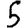
Digit: 5